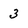
Character: 3